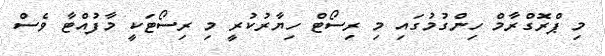
މި ޕްރޮގްރާމް ހިންގުމުގައި މި ރިސޯޓް ހިޔާރުކުރީ މި ރިސޯޓަކީ މާފުއްޓާ ވެސް